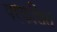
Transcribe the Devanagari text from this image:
परकलित